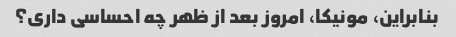
بنابراین، مونیکا، امروز بعد از ظهر چه احساسی داری؟